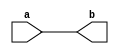
`timescale 1ns / 1ps
//////////////////////////////////////////////////////////////////////////////////
// Company: NIST
// 
// Design Name: Buffer
// Module Name: buffer
// Revision:
// Revision 0.01 - File Created

//////////////////////////////////////////////////////////////////////////////////


module buffer(
    input a,
    output b
    );
    
    assign b=a;
endmodule